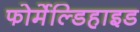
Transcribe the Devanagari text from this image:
फोर्मेल्डिहाइड